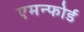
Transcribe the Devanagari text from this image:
एमन्फोर्ड